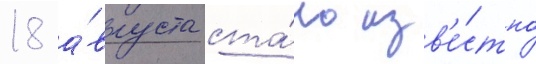
18 а́вгуста ста́ло изв'е́стно